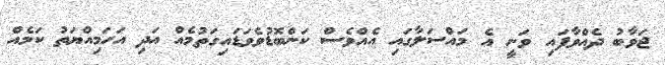
ޖަވާބު ދެއްވާފައި ވަނީ އެ މައްސަލާގައި އެއްވެސް ކަންބޮޑުވެވަޑައިގަތުމެއް އަދިި އަހަމިއްޔަތު ކަމެއް